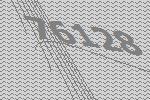
76128